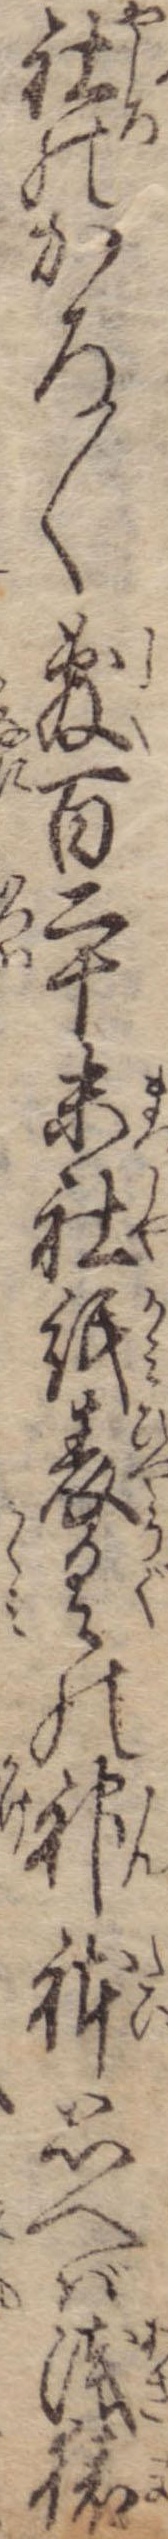
社のかろ〱敷百二十末社紙表具の神体思へば浅猿